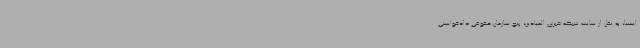
ایسنا، به نقل از سایت شبکه خبری المیادین، پنج سازمان حقوقی دادخواستی